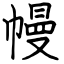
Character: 幔